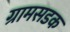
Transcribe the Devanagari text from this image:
ग्रामसडक